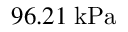
9 6 . 2 1 \; \mathrm { k P a }